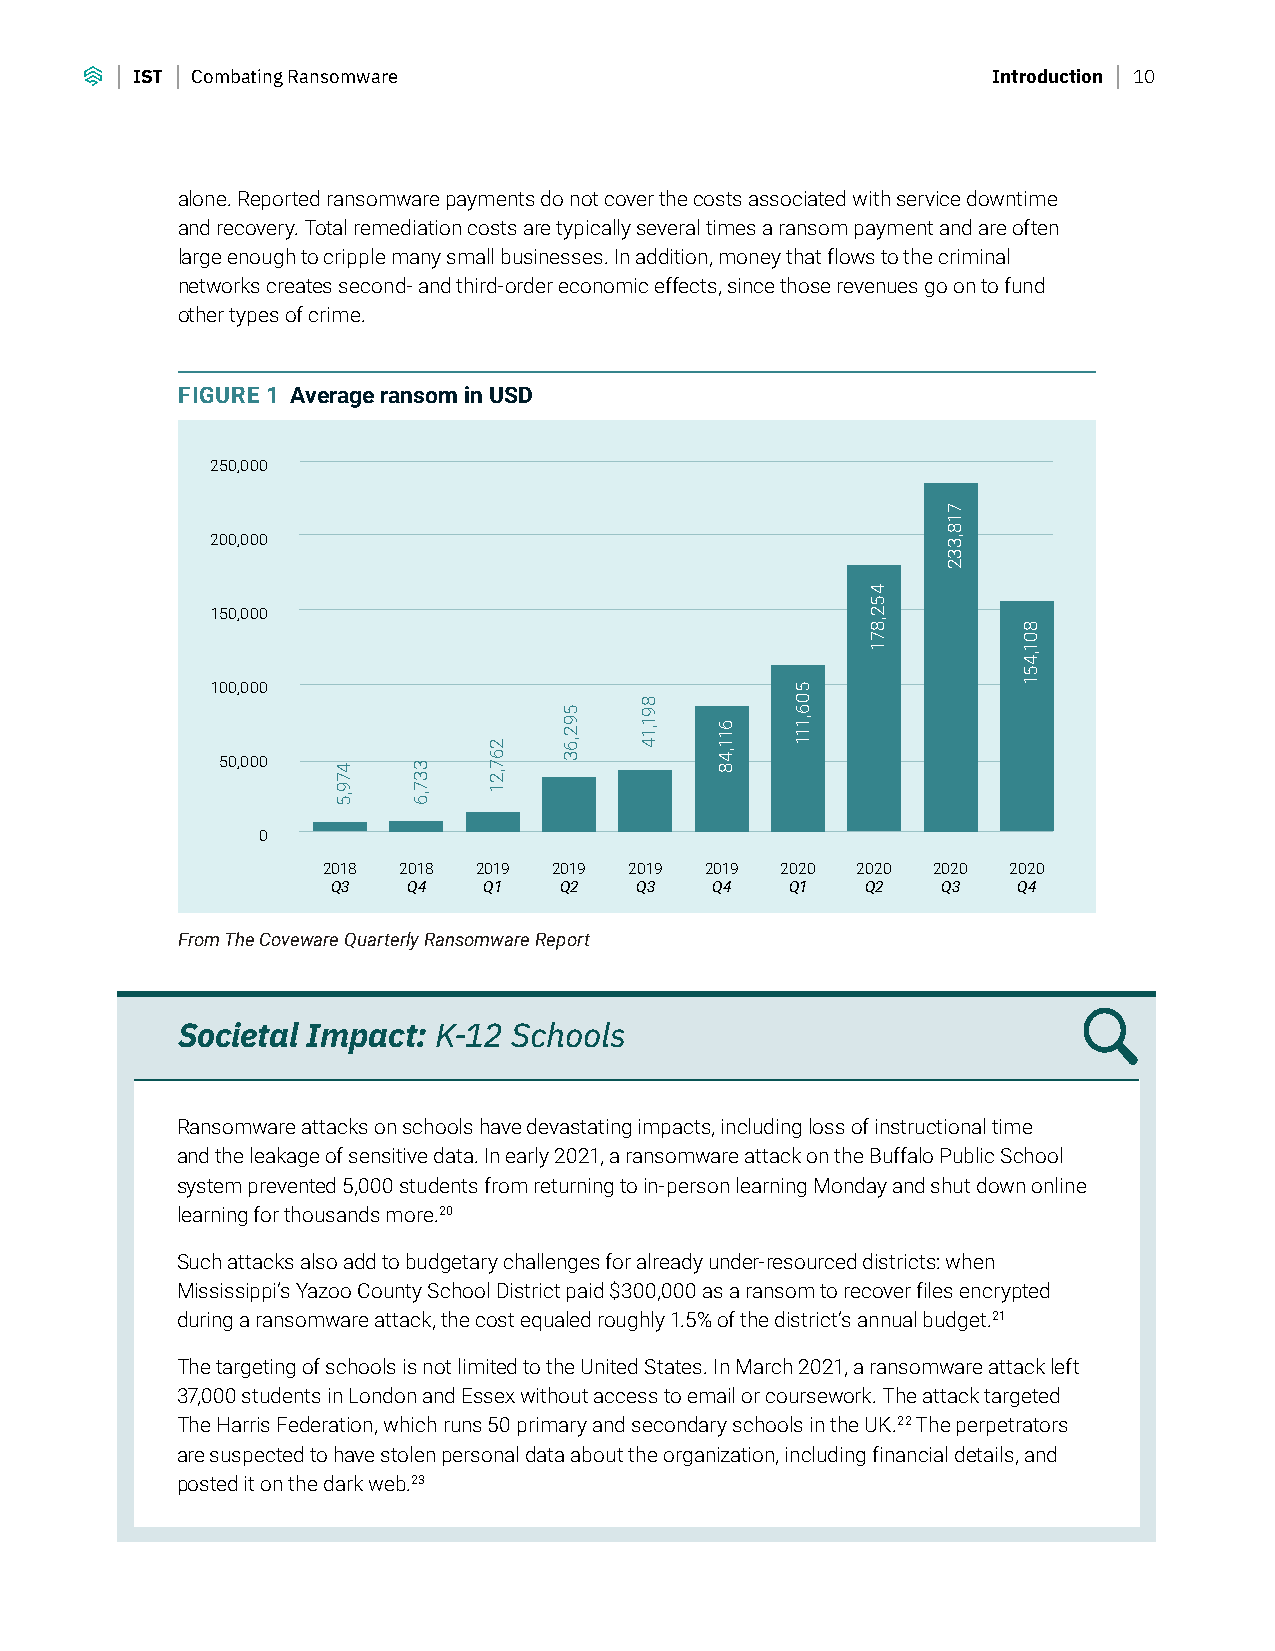
IST Combating Ransomware                                 Introduction 10
 alone. Reported ransomware payments do not cover the costs associated with service downtime
 and recovery. Total remediation costs are typically several times a ransom payment and are often
 large enough to cripple many small businesses. In addition, money that flows to the criminal
 networks creates second- and third-order economic effects, since those revenues go on to fund
 other types of crime.
 FIGURE 1 Average ransom in USD
 250,000
 200,000
 150,000
 100,000
 50,000
 0
 2018 2018 2019  2019 2019 2019 2020 2020 2020 2020
 Q3   Q4   Q1   Q2   Q3   Q4   Q1   Q2   Q3   Q4
 From The Coveware Quarterly Ransomware Report
 Societal Impact: K-12 Schools
 Ransomware attacks on schools have devastating impacts, including loss of instructional time
 and the leakage of sensitive data. In early 2021, a ransomware attack on the Buffalo Public School
 system prevented 5,000 students from returning to in-person learning Monday and shut down online
 learning for thousands more.20
 Such attacks also add to budgetary challenges for already under-resourced districts: when
 Mississippi’s Yazoo County School District paid $300,000 as a ransom to recover files encrypted
 during a ransomware attack, the cost equaled roughly 1.5% of the district’s annual budget.21
 The targeting of schools is not limited to the United States. In March 2021, a ransomware attack left
 37,000 students in London and Essex without access to email or coursework. The attack targeted
 The Harris Federation, which runs 50 primary and secondary schools in the UK.22 The perpetrators
 are suspected to have stolen personal data about the organization, including financial details, and
 posted it on the dark web.23
 479,5 337,6
 267,21
 592,63
 891,14
 611,48
 506,111
 452,871
 718,332
 801,451